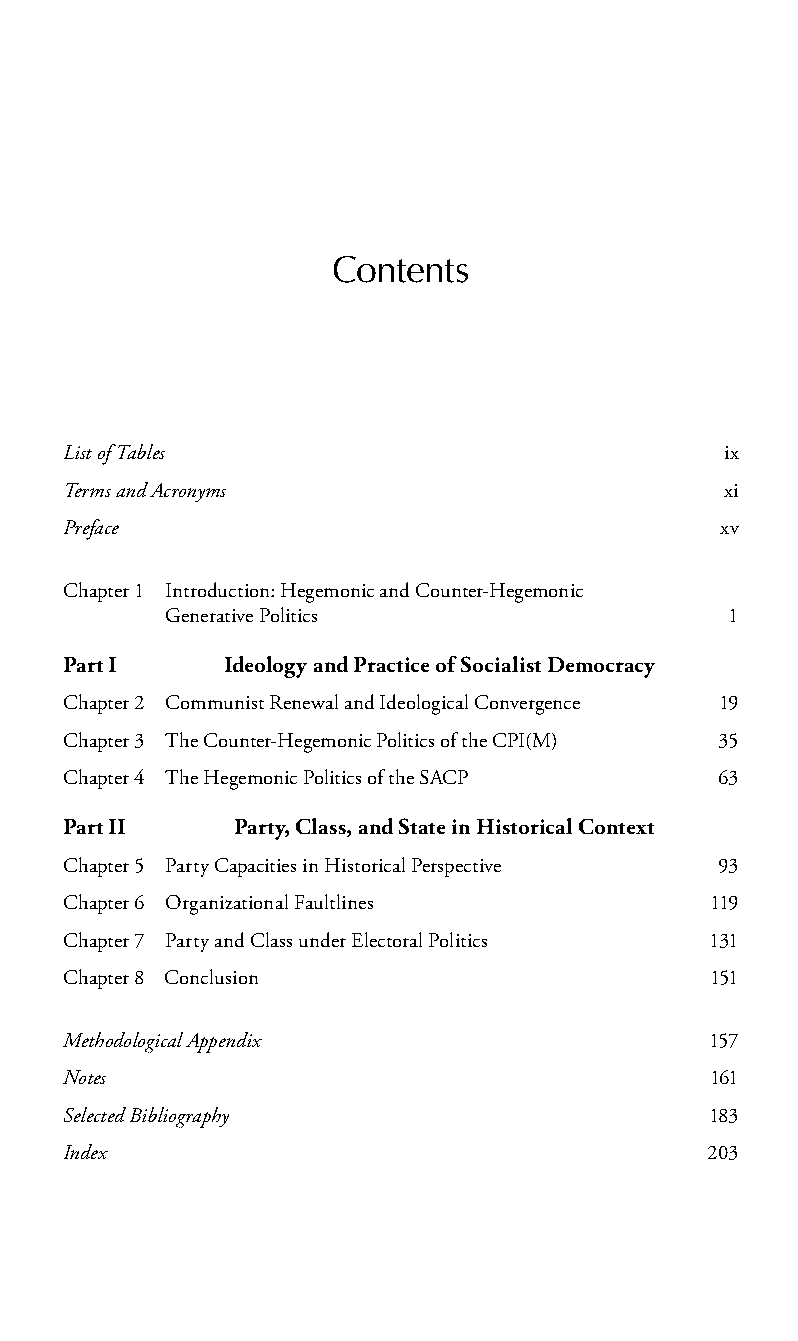
Contents
 List of Tables                          ix
 Terms and Acronyms                      xi
 Preface                                 xv
 Chapter 1 Introduction: Hegemonic and Counter-Hegemonic
 Generative Politics                  1
 Part I Ideology and Practice of Socialist Democracy
 Chapter 2 Communist Renewal and Ideological Convergence 19
 Chapter 3 The Counter-Hegemonic Politics of the CPI(M) 35
 Chapter 4 The Hegemonic Politics of the SACP 63
 Part II Party, Class, and State in Historical Context
 Chapter 5 Party Capacities in Historical Perspective 93
 Chapter 6 Organizational Faultlines    119
 Chapter 7 Party and Class under Electoral Politics 131
 Chapter 8 Conclusion                   151
 Methodological Appendix                157
 Notes                                  161
 Selected Bibliography                  183
 Index                                  203
 99778800223300660066440011ttss0011..iinndddd vviiii 33//2277//22000088 33::0000::0066 PPMM